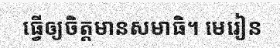
ធ្វើឲ្យចិត្តមានសមាធិ។ មេរៀន